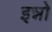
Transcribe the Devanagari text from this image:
इन्नो